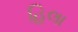
હિલા